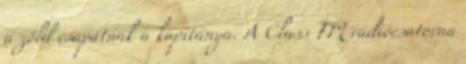
a zöld csapatnak a kapitánya. A Class FM rádiócsatorna